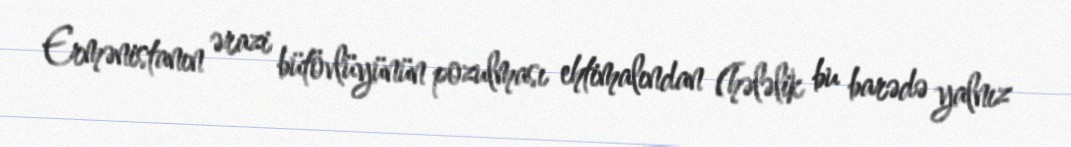
Ermənistanın ərazi bütövlüyünün pozulması ehtimalından (hələlik bu barədə yalnız